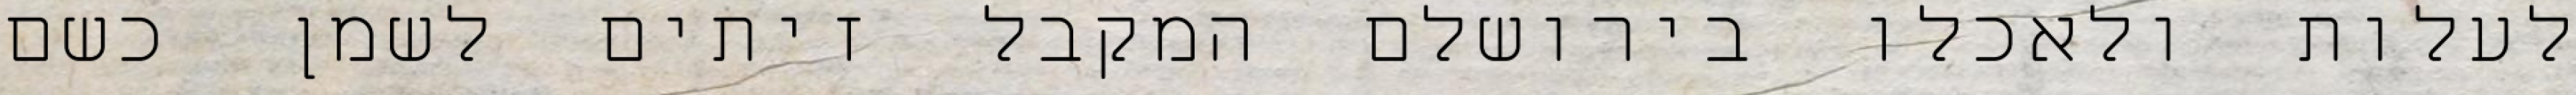
לעלות ולאכלו בירושלם המקבל זיתים לשמן כשם